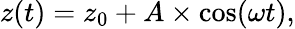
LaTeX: z(t)=z_{0}+A\times\cos(\omega t),